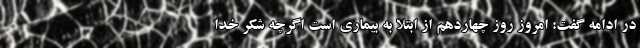
در ادامه گفت: امروز روز چهاردهم از ابتلا به بیماری است اگرچه شکر خدا